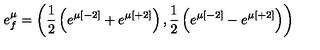
e _ { f } ^ { \mu } = \left( { \frac { 1 } { 2 } } \left( e ^ { \mu [ - 2 ] } + e ^ { \mu [ + 2 ] } \right) , { \frac { 1 } { 2 } } \left( e ^ { \mu [ - 2 ] } - e ^ { \mu [ + 2 ] } \right) \right)